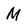
Character: M